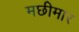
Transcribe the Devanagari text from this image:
मछीमार